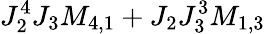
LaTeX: J_{2}^{4}J_{3}M_{4,1}+J_{2}J_{3}^{3}M_{1,3}